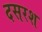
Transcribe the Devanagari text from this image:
दसरश